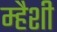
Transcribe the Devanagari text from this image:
म्हैशी